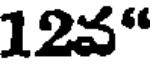
12వ"